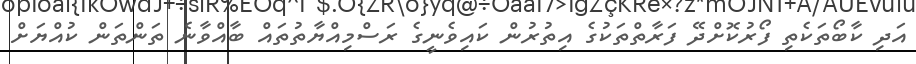
އަދި ކާބޯތަކެތި ފޯރުކޮށްދޭ ފަރާތްތަކުގެ އިތުރުން ކައިވެނީގެ ރަސްމިއްޔާތުތައް ބާއްވާނެ ތަންތަން ކުއްޔަށް